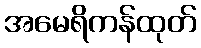
အမေရိကန်ထုတ်